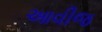
આવીજ